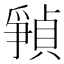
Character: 𪺘